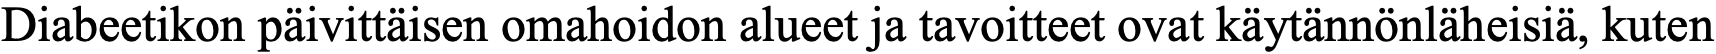
Diabeetikon päivittäisen omahoidon alueet ja tavoitteet ovat käytännönläheisiä, kuten